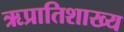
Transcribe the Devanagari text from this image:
ऋप्रातिशाख्य